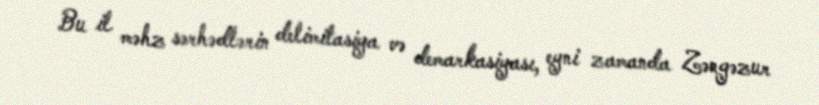
Bu il məhz sərhədlərin delimitasiya və demarkasiyası, eyni zamanda Zəngəzur